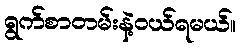
ရွက်စာတမ်းနဲ့ဝယ်ရမယ်။